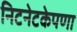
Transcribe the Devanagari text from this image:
निटनेटकेपणा